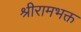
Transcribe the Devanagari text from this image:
श्रीरामभक्त